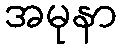
အမုနာ